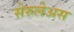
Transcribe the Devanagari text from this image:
सेरुलेअस